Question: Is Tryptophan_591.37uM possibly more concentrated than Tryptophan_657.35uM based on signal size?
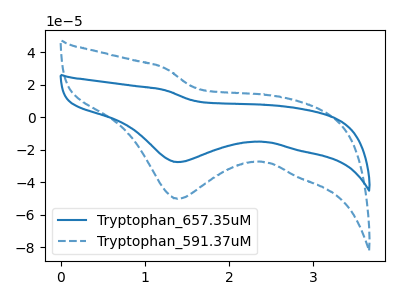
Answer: <think>The blue curve "Tryptophan_657.35uM" has a cathodic peak at: (1.40V, -27.60uA). The blue dashed curve "Tryptophan_591.37uM" has a cathodic peak at: (1.40V, -50.15uA).
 All the peaks in "Tryptophan_591.37uM" have a peak in "Tryptophan_657.35uM" at the same potential. Every peak in "Tryptophan_591.37uM" is higher than every peak in "Tryptophan_657.35uM".</think>
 <answer>"Tryptophan_591.37uM" has more signal than "Tryptophan_657.35uM".</answer>
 <eval>more_signal</eval>